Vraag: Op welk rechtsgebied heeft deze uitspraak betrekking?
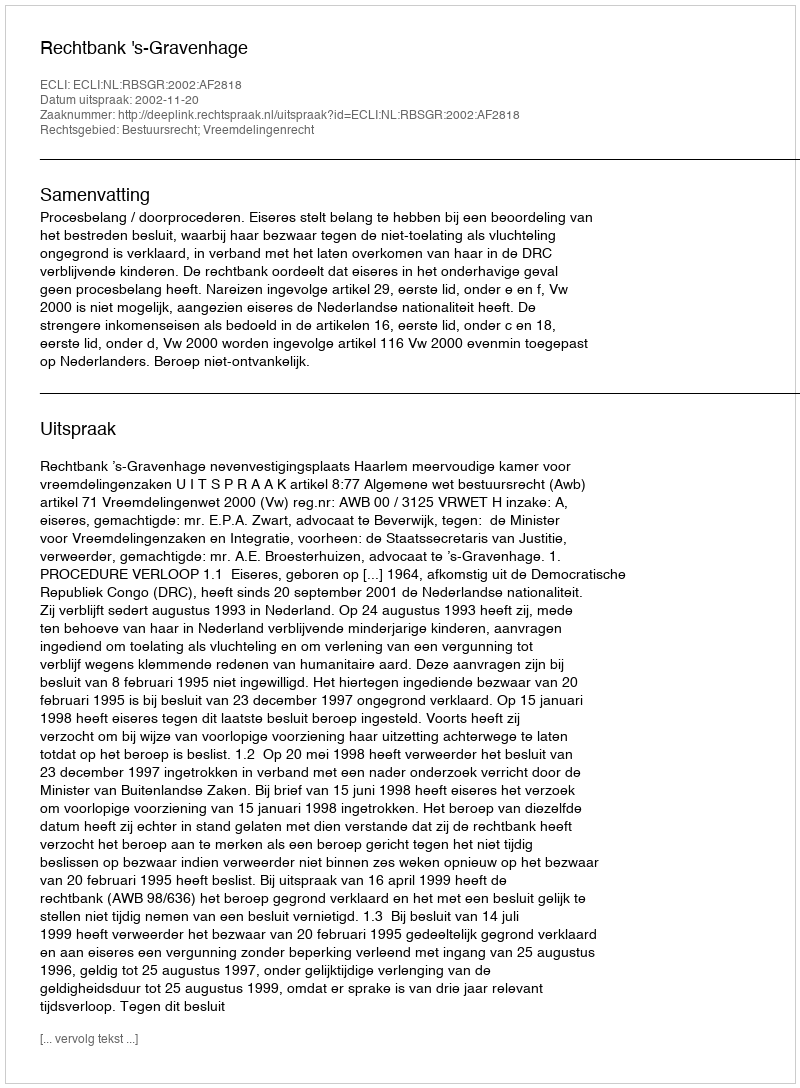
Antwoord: Bestuursrecht; Vreemdelingenrecht